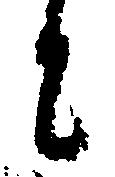
に